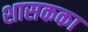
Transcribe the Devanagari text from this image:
शासकका